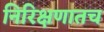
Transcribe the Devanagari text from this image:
निरिक्षणातच